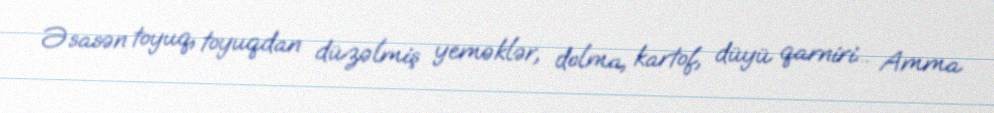
Əsasən toyuq, toyuqdan düzəlmiş yeməklər, dolma, kartof, düyü qarniri... Amma